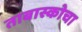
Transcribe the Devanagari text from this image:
ताबास्कोचा